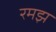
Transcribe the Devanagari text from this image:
रमझ